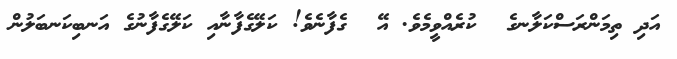
އަދި ތިމަންރަސްކަލާނގެ  ކުރެއްވީމެވެ. އޭ  ގެފާނެވެ! ކަލޭގެފާނާއި ކަލޭގެފާނުގެ އަނބިކަނބަލުން